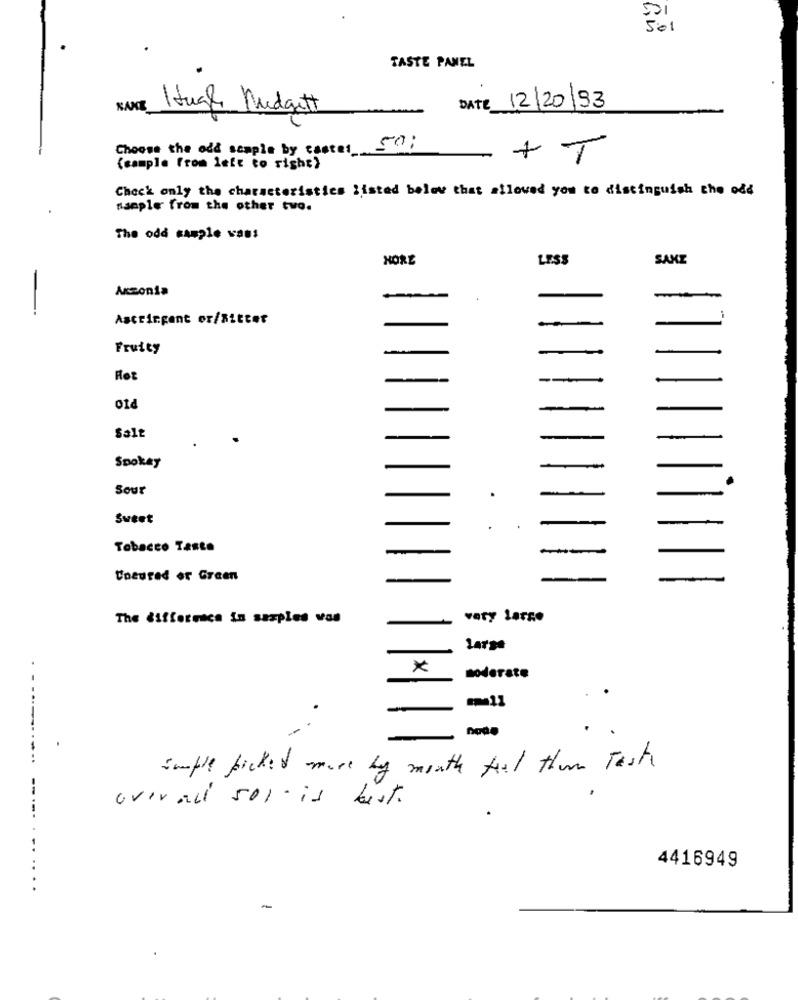
DI
501
TASTE PANEL
NANE
DATE
12/20/93
Hugh Budgett
Choose the odd semple by castel 50;
+T
(sample from left to right)
Chock only the characteristics listed below that allowed you to distinguish the odd
sample from the other two.
The odd sample vass
HORE
LESS
SAKE
-
Aszonia
-
Astringent or/Sitter
-
Fruity
-
Ret
old
Salt
Spokay
Sour
Sweet
Tobacco Taste
Coeured or Green
The difference in saxples vas
YOty LaTre
×
moderate
.
-
- ------.....
imple picked more by mouth till then Fast
overal 501 is best.
-----
4416949
-